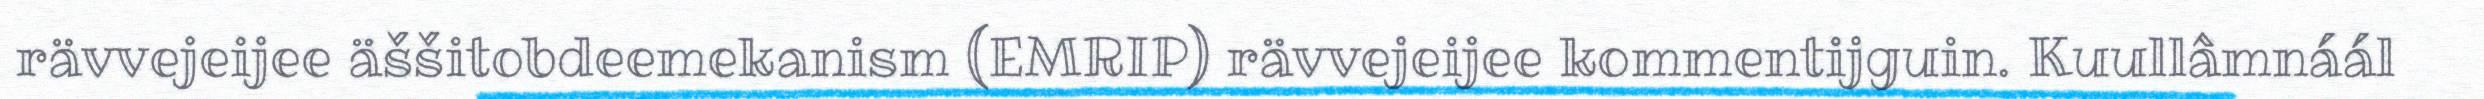
rävvejeijee äššitobdeemekanism (EMRIP) rävvejeijee kommentijguin. Kuullâmnáál